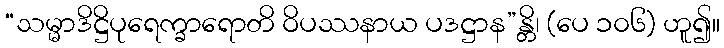
“သမ္မာဒိဋ္ဌိပုရေက္ခာရောတိ ဝိပဿနာယ ပဒဋ္ဌာန”န္တိ၊ (ပေ ၁၀၆) ဟူ၍။